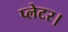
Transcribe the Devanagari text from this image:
प्लेटर।